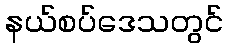
နယ်စပ်ဒေသတွင်